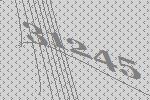
31245